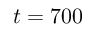
t = 7 0 0